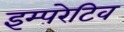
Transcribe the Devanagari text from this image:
इम्परेटिव